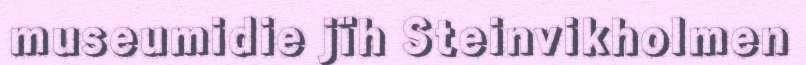
museumidie jïh Steinvikholmen